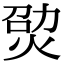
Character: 𤉎